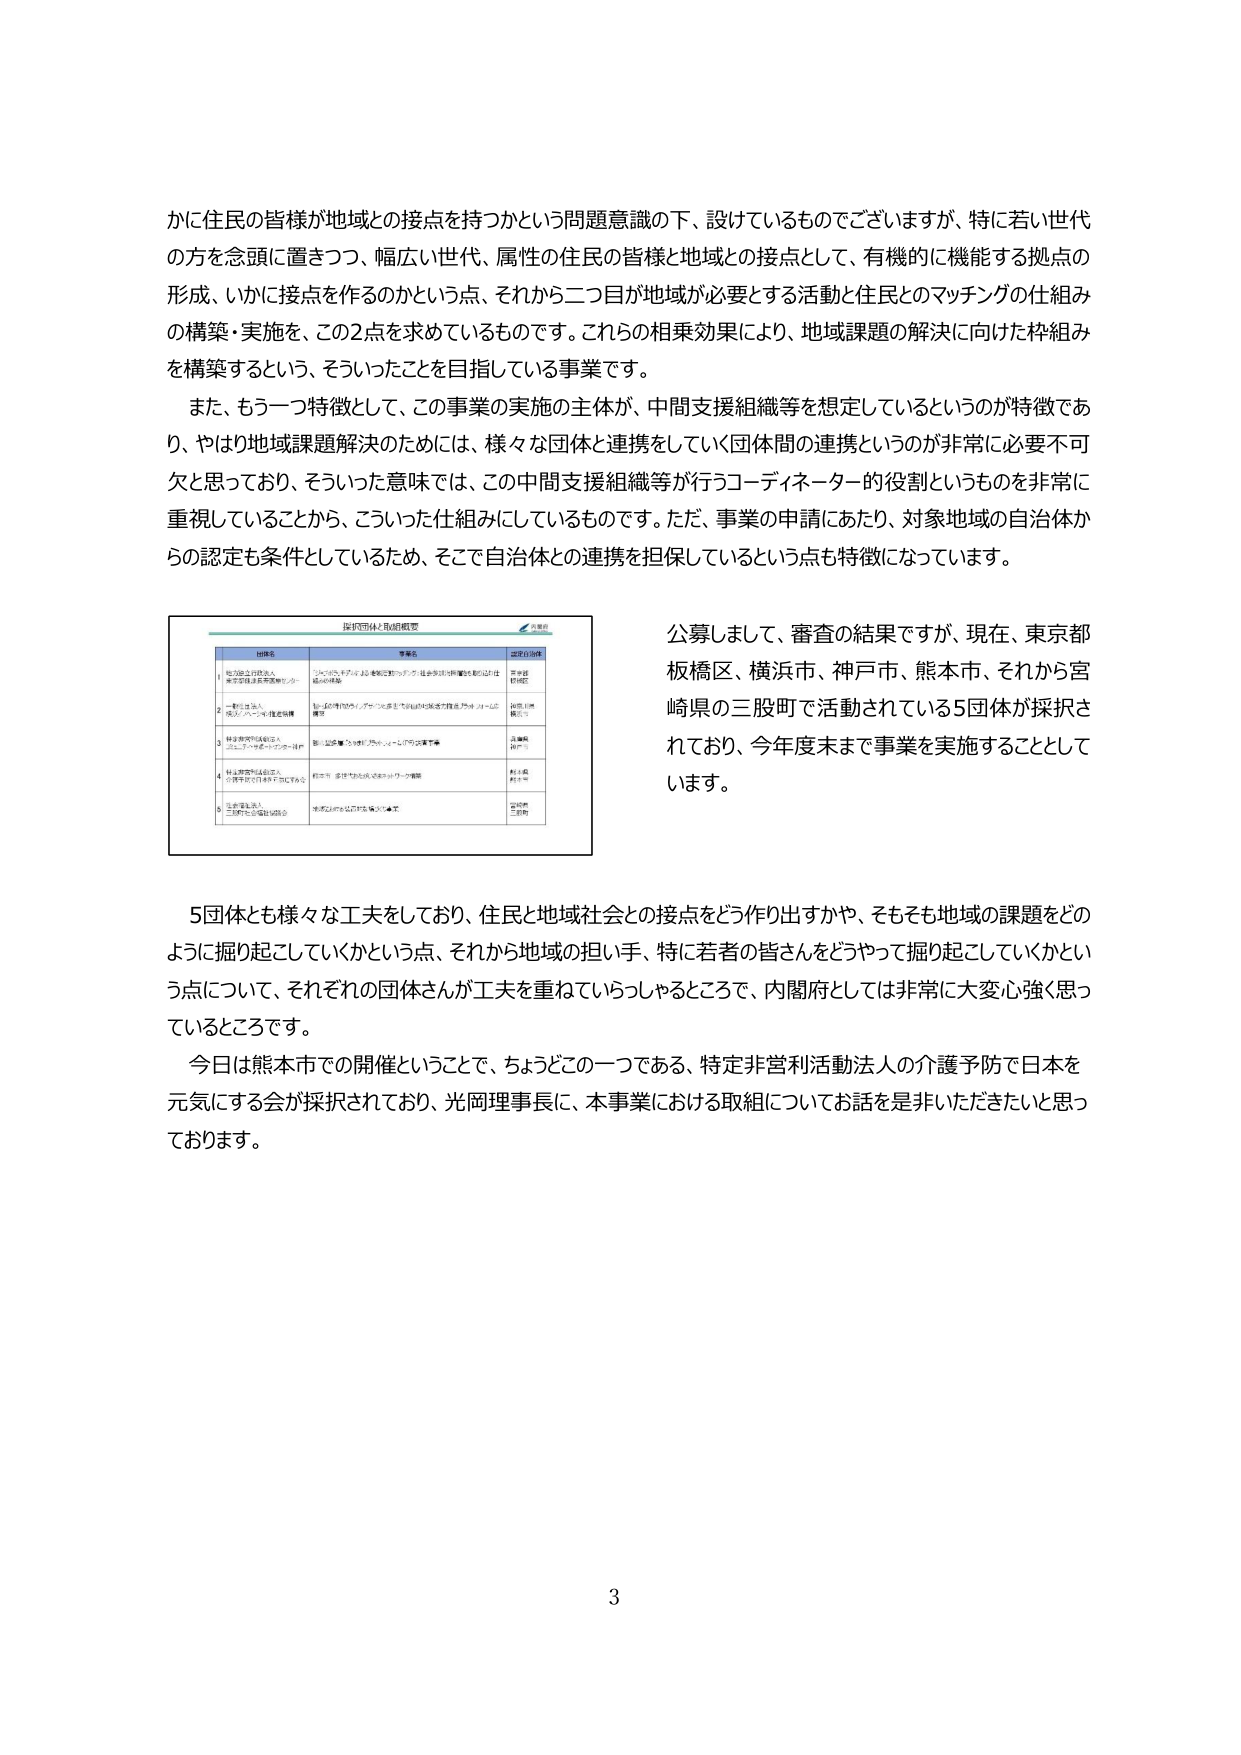
かに住民の皆様が地域との接点を持つかという問題意識の下、設けているものでございますが、特に若い世代の方を念頭に置きつつ、幅広い世代、属性の住民の皆様と地域との接点として、有機的に機能する拠点の形成、いかに接点を作るのかという点、それから二つ目が地域が必要とする活動と住民とのマッチングの仕組みの構築・実施を、この2点を求めているものです。これらの相乗効果により、地域課題の解決に向けた枠組みを構築するという、そういったことを目指している事業です。

また、もう一つ特徴として、この事業の実施の主体が、中間支援組織等を想定しているというのが特徴であり、やはり地域課題解決のためには、様々な団体と連携をしていく団体間の連携というのが非常に必要不可欠と思っており、そういった意味では、この中間支援組織等が行うコーディネーターの役割というものを非常に重視していることから、こういった仕組みにしているものです。ただ、事業の申請にあたり、対象地域の自治体からの認定も条件としているため、そこで自治体との連携を担保しているという点も特徴になっています。

公募しまして、審査の結果ですが、現在、東京都板橋区、横浜市、神戸市、熊本市、それから宮崎県の三股町で活動されている5団体が採択されており、今年度末まで事業を実施することとしています。

5団体とも様々な工夫をしており、住民と地域社会との接点をどう作り出すかや、そもそも地域の課題をどのように掘り起こしていくかという点、それから地域の担い手、特に若者の皆さんをどうやって掘り起こしていくかという点について、それぞれの団体さんが工夫を重ねていらっしゃるところで、内閣府としては非常に大変心強く思っているところです。

今日は熊本市での開催ということで、ちょうどその一つである、特定非営利活動法人の介護予防で日本を元気にする会が採択されており、光岡理事長に、本事業における取組についてお話を是非いただきたいと思っております。

採択団体と取組概要

団体名
事業名
選定自治体

1. 特定非営利活動法人
東京都板橋区地域活動センター
「つながりのマッチング」を軸に据えた「住民参加型の地域活動を創る」仕組みの構築
東京都
板橋区

2. 一般社団法人
「あさひグループ」地域連携
「地域の持続的インフラ」を基盤とした住民の地域活動支援を「つながり」で構築
横浜市
神奈川県

3. 特定非営利活動法人
コミュニティサポートセンター神戸
「街の温度」を地域に還元していく「つながり」の実現
兵庫県
神戸市

4. 特定非営利活動法人
介護予防で日本を元気にする会
「熊本市・多世代の交流を創る」ワークショップ展開
熊本市
熊本県

5. 生活協同組合
三股町生活協同組合
「地域のつながりを育む」集いの場実施
宮崎県
三股町

3